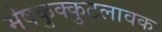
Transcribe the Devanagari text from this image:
मेषकुक्कुटलावक